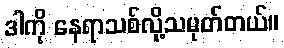
ဒါကို နေရာသစ်လို့သမုတ်တယ်။